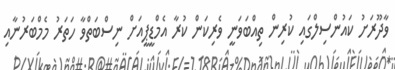
ވާދޫރަށު ކައުންސިލްގައި ކުރިން ތިއްބަވަނީ ވެރިކަން ކުރާ އެމްޑީޕީއަށް ނިސްބަތްވާ ހަތަރު މެމްބަރުނާއި